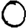
Digit: 0